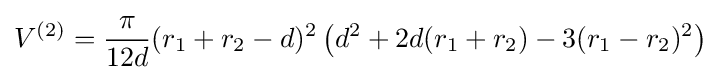
V^{(2)}={\frac {\pi }{12d}}(r_{1}+r_{2}-d)^{2}\left(d^{2}+2d(r_{1}+r_{2})-3(r_{1}-r_{2})^{2}\right)